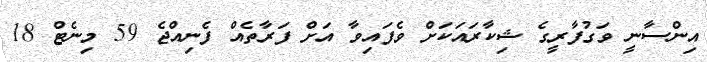
އިންސާނީ ވަގުފާރީގެ ޝިކާރައަކަށް ވެފައިވާ އަށް ފަރާތެއް ފެނިއްޖެ 59 މިނެޓް 18